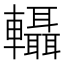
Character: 𨏴